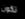
تكون